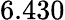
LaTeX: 6.430